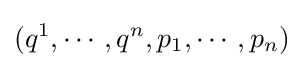
(q^{1},\cdots ,q^{n},p_{1},\cdots ,p_{n})